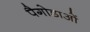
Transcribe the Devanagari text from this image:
पैगोडाओं